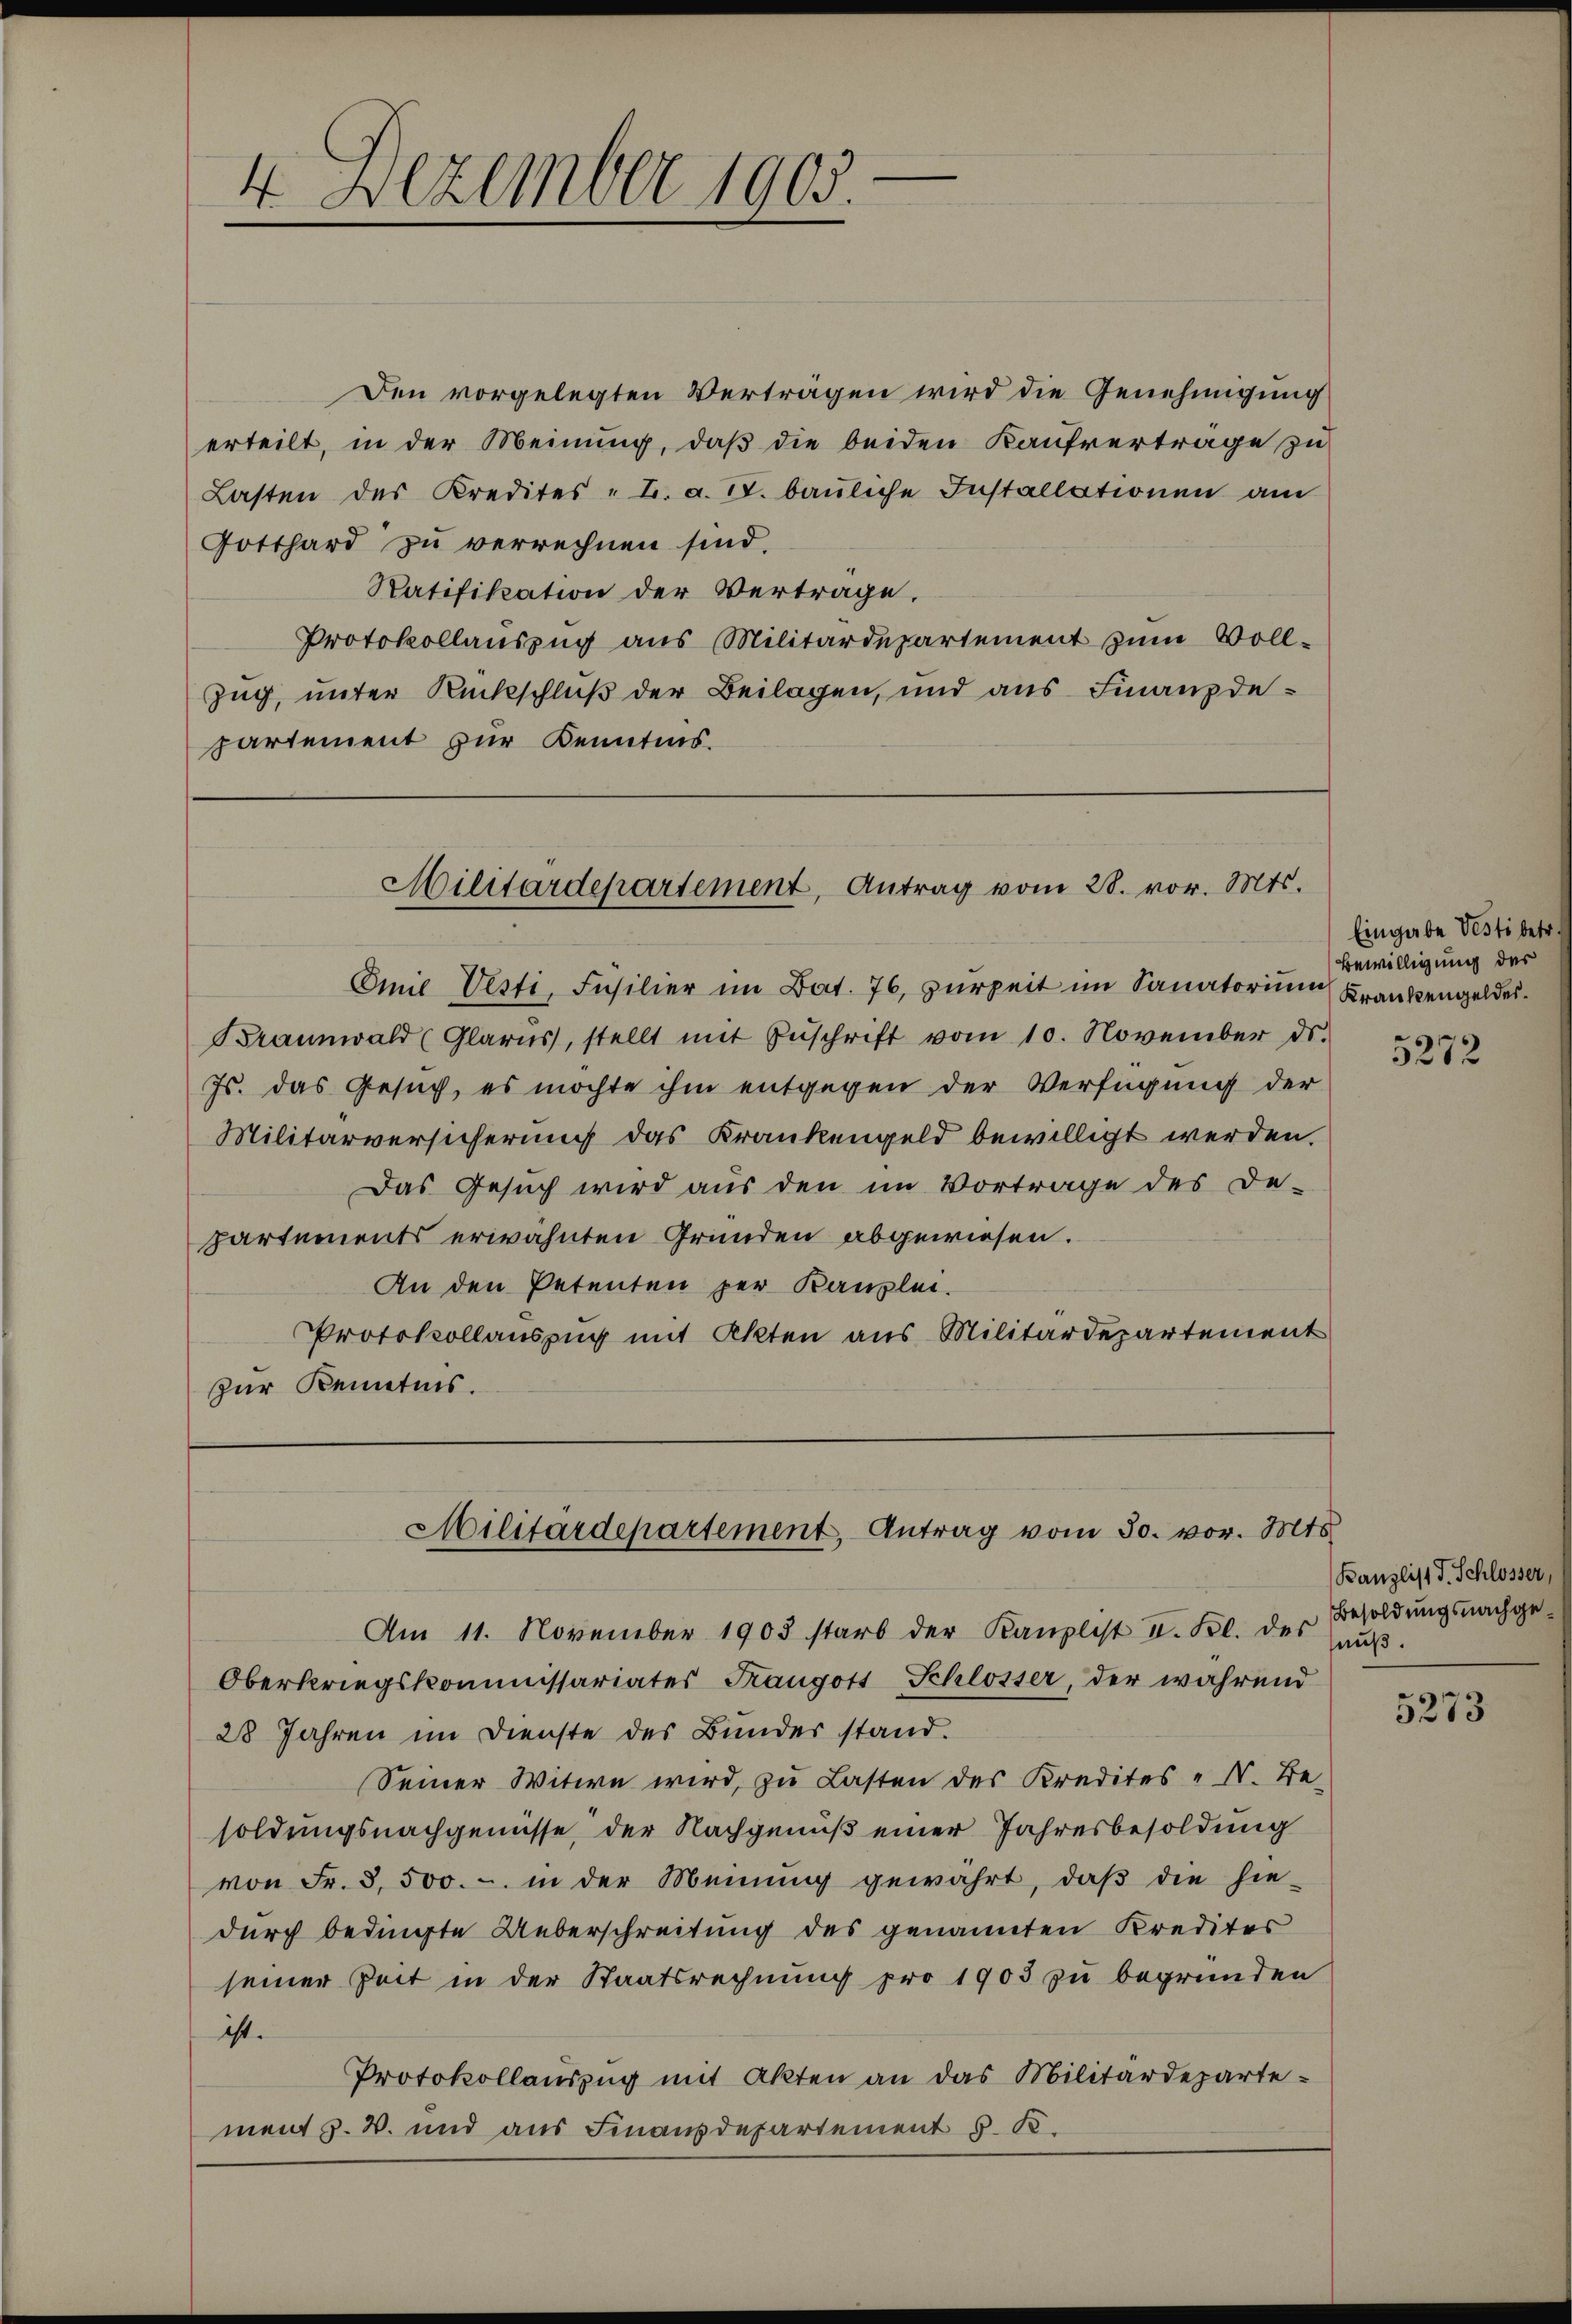
Den vorgelegten Verträgen wird die Genehmigung
erteilt, in der Meinung, daß die beiden Kaufverträge zu
Lasten des Kredites - u. a. u. bauliche Installationen am
Gotthard zu verrechnen sind.
Ratifikation der Vertrage.
Protokollauszug aus Militärdepartement zum Voll-
Zug, unter Rückschluß der Beilagen, und aus Finanzdepartement zur Kenntnis.

4 Dezember 1905.

Militärdepartement, Antrag vom 28. vor. Mts.

Emie Vesti, Füsilier im Bat. 76, zurzeit im Sanatorium (Krankengeldes
Braunwald (Glarus, stellt mit Zŭschrift vom 10. November ds.
Js. das Gesuch, es möchte ihm entgegen der Verfügung der
Militärversicherung das Krankengeld bewilligt werden.
Das Gesuch wird aus den im Vortrage des De-
partements erwähnten Gründen abgewiesen.
An den Petenten per Kanzlei.
Protokollauszug mit Akten aus Militärdepartement
zur Kenntnis.

Militärdepartement, Antrag vom 30. vor. Mts.

Am 11. November 1903 starb der Kanzlist II. Kl. der Besoldŭngsnachge¬
Oberkriegskommissariates Taugots Schlosser, der während
28 Jahren im Dienste des Bundes stand.
Seiner Witwe wird, zu Lasten des Kredites " N. Be-
soldungsnachgenüsse der Nachgenuß einer Jahresbesoldung
von Fr. 3,500.- in der Meinung gewährt, daβ die hie-
durch bedingte Ueberschreitung des genannten Kredites
seiner Zeit in der Staatsrechnung pro 1903 zu begründen
ist.
Protokollauszug mit Akten an das Militärdepartement z. B. und aus Finanzdepartement S. K.

Eingabe Vesti betr.
Bewilligung des

5272

Banzlist d. Schlosse
nuß.

5273